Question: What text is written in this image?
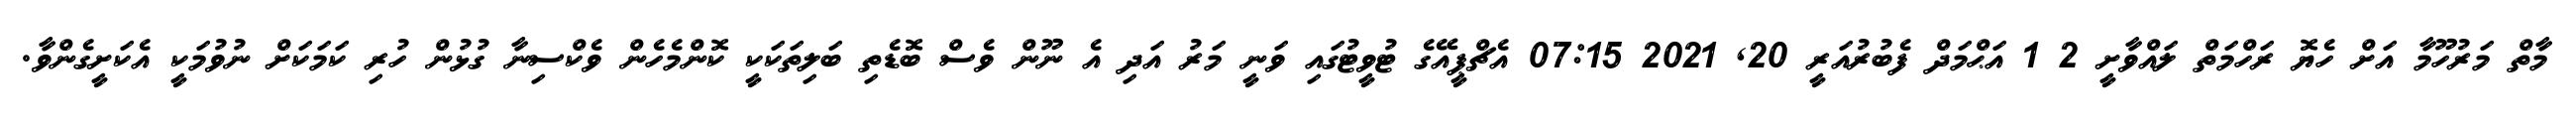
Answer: މާތް މަރުހޫމާ އަށް ހެޔޮ ރަހްމަތް ލައްވާށީ 2 1 އަޙްމަދް ފެބުރުއަރީ 20, 2021 07:15 އެޗްޕީއޭގެ ޓުވީޓުގައި ވަނީ މަރު އަދި އެ ނޫން ވެސް ބޮޑެތި ބަލިތަކަކީ ކޮންމެހެން ވެކްސިނާ ގުޅުން ހުރި ކަމަކަށް ނުވުމަކީ އެކަށީގެންވާ.